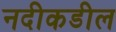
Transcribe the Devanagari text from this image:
नदीकडील